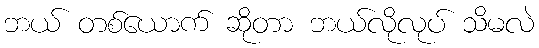
ဘယ် တစ်ယောက် ဆိုတာ ဘယ်လိုလုပ် သိမလဲ